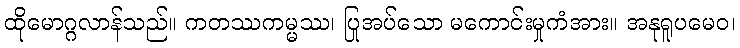
ထိုမောဂ္ဂလာန်သည်။ ကတဿကမ္မဿ၊ ပြုအပ်သော မကောင်းမှုကံအား။ အနုရူပမေဝ၊